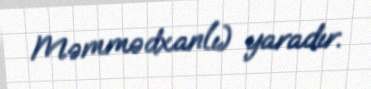
Məmmədxanlı) yaradır.